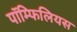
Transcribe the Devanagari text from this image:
पॉम्फिलियस